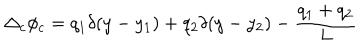
LaTeX: \Delta _ { c } \phi _ { c } = q _ { 1 } \delta ( y - y _ { 1 } ) + q _ { 2 } \delta ( y - y _ { 2 } ) - \frac { q _ { 1 } + q _ { 2 } } { L }